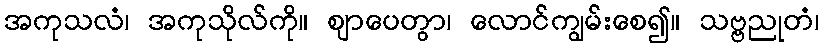
အကုသလံ၊ အကုသိုလ်ကို။ ဈာပေတွာ၊ လောင်ကျွမ်းစေ၍။ သဗ္ဗညုတံ၊